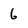
Character: 6